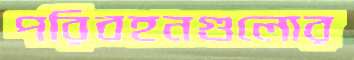
পরিবহনগুলোর